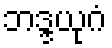
ဘဒ္ဒယုဂံ